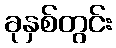
ခုနှစ်တွင်း